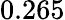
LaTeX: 0.265